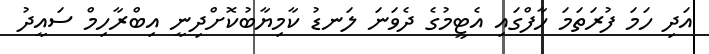
އަދި ހަމަ ފުރަތަމަ ހާފްގައި އެޓީމުގެ ދެވަނަ ލަނޑު ކާމިޔާބުކޮށްދިނީ އިބްރާހިމް ސައީދު